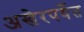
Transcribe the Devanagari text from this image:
अखेरपर्येत